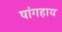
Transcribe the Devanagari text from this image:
षांगहाय